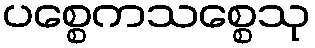
ပစ္စေကသစ္စေသု